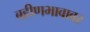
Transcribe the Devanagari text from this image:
बहीणभावावर